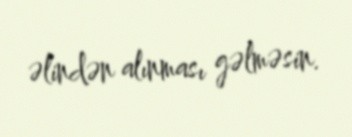
əlindən alınması gəlməsin.